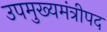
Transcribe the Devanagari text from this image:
उपमुख्यमंत्रीपद